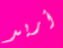
أريد